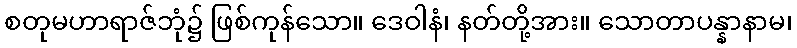
စတုမဟာရာဇ်ဘုံ၌ ဖြစ်ကုန်သော။ ဒေဝါနံ၊ နတ်တို့အား။ သောတာပန္နာနာမ၊